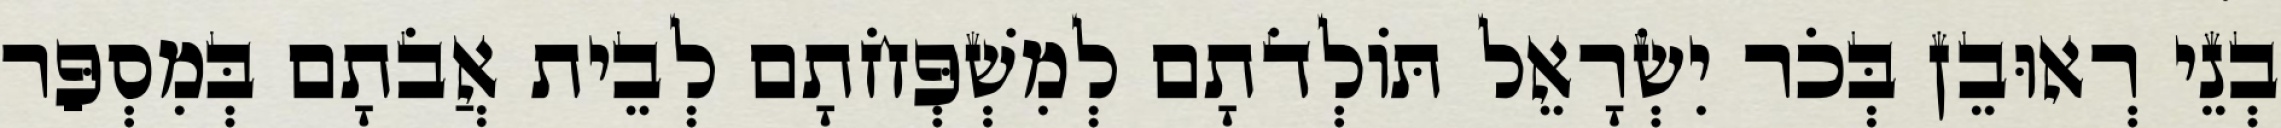
בְנֵי רְאוּבֵן בְּכֹר יִשְׂרָאֵל תּוֹלְדֹתָם לְמִשְׁפְּחֹתָם לְבֵית אֲבֹתָם בְּמִסְפַּר